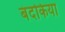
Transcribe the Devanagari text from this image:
बंदकिया